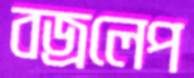
বজ্রলেপ